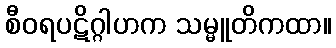
စီဝရပဋိဂ္ဂါဟက သမ္မူတိကထာ။